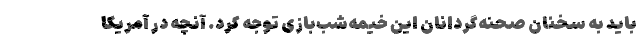
باید به سخنان صحنه‌گردانان این خیمه‌شب‌بازی توجه کرد. آنچه در آمریکا